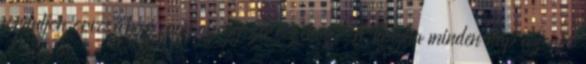
forduljon orvosához vagy gyógyszerészéhez. A Tasigna minden nap azonos